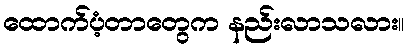
ထောက်ပံ့တာတွေက နည်းလာသလား။